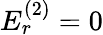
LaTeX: E_{r}^{(2)}=0